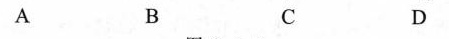
A B C D